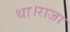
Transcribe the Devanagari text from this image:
था।राजा